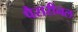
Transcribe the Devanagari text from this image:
पैरारीनल